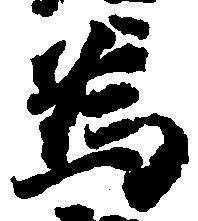
為